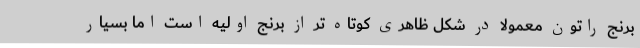
برنج راتون معمولا در شکل ظاهری کوتاه تر از برنج اولیه است اما بسیار